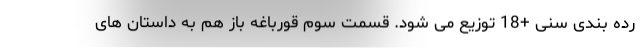
رده بندی سنی +18 توزیع می شود. قسمت سوم قورباغه باز هم به داستان های